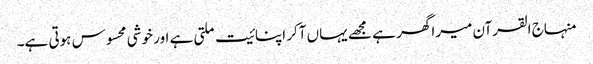
منہاج القرآن میرا گھر ہے مجھے یہاں آکر اپنائیت ملتی ہے اور خوشی محسوس ہوتی ہے۔